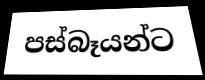
පස්බෑයන්ට